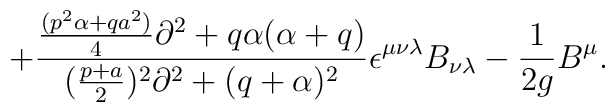
+{{{{(p^2\alpha+qa^2)}\over 4}\partial^2+q\alpha (\alpha+q)}\over{({{p+a}\over 2})^2\partial^2+(q+\alpha )^2}}\epsilon^{\mu\nu\lambda}B_{\nu\lambda} -{1\over {2g}}B^\mu.